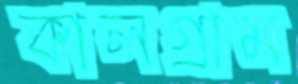
কালগ্রাম